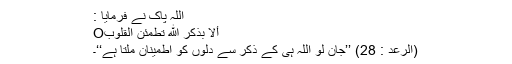
اللہ پاک نے فرمایا :
أَلاَ بِذِكْرِ اللّهِ تَطْمَئِنُّ الْقُلُوبُO
(الرعد : 28) ’’جان لو اللہ ہی کے ذکر سے دلوں کو اطمینان ملتا ہے‘‘۔